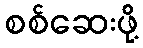
စစ်ဆေးဖို့